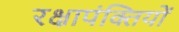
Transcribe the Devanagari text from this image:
रक्षापंक्तियों